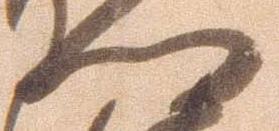
門